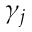
\gamma _ { j }